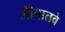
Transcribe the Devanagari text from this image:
जीवातवे